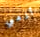
أذهبي